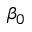
\beta _ { 0 }